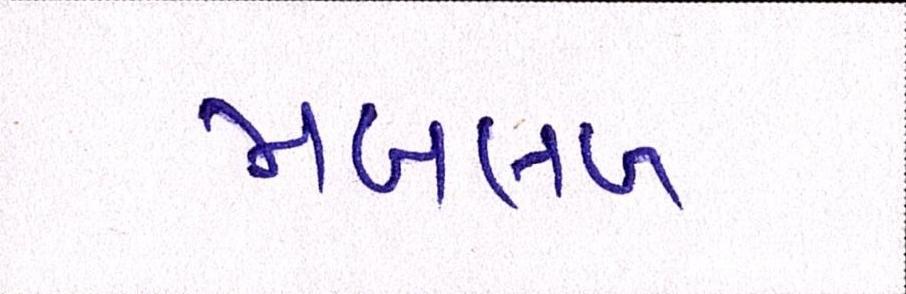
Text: મબલખ